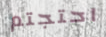
احتجتم